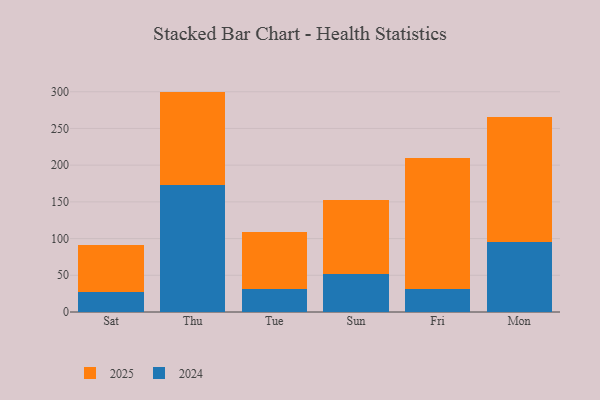
{"axis": {"x": "Day", "y": "Headcount"}, "legend": ["2024", "2025"], "data": [{"x": "Sat", "y": 63.9, "type": "2025"}, {"x": "Sat", "y": 27.1, "type": "2024"}, {"x": "Thu", "y": 127.0, "type": "2025"}, {"x": "Thu", "y": 173.2, "type": "2024"}, {"x": "Tue", "y": 78.3, "type": "2025"}, {"x": "Tue", "y": 31.0, "type": "2024"}, {"x": "Sun", "y": 100.6, "type": "2025"}, {"x": "Sun", "y": 51.8, "type": "2024"}, {"x": "Fri", "y": 178.2, "type": "2025"}, {"x": "Fri", "y": 31.7, "type": "2024"}, {"x": "Mon", "y": 170.1, "type": "2025"}, {"x": "Mon", "y": 95.3, "type": "2024"}]}